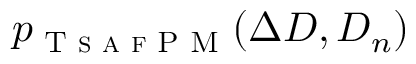
p _ { \textsc { T s a f P M } } ( \Delta D , D _ { n } )